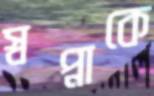
স্বপ্নাকে